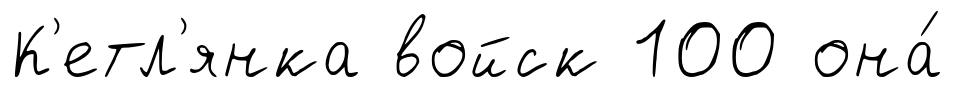
К'етл'янка войск 100 она́